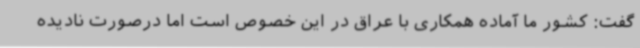
گفت: کشور ما آماده همکاری با عراق در این خصوص است اما درصورت نادیده